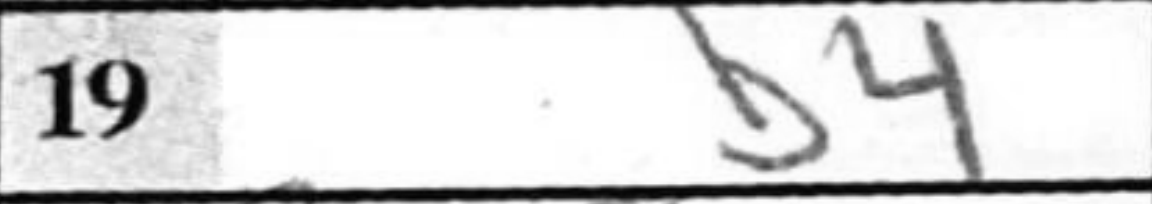
Transcription: b4